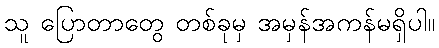
သူ ပြောတာတွေ တစ်ခုမှ အမှန်အကန်မရှိပါ။